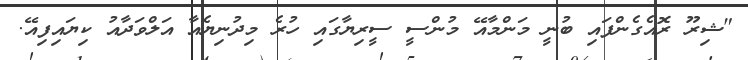
"ޝިރޫ ރޮއެގެންފައި ބުނީ މަންމާއޭ މުންސީ ސީރިޔާގައި ހުރެ މިދުނިޔެއާ އަލްވަދާއު ކިޔައިފިއޭ.